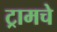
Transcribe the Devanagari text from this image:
ट्रामचे